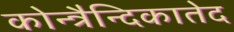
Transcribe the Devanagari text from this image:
कोन्त्रैन्दिकातेद